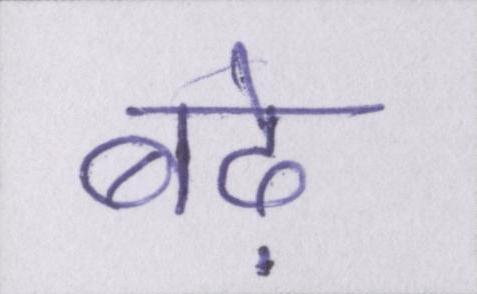
बढ़े